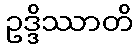
ဥဒ္ဒိဿာတိ